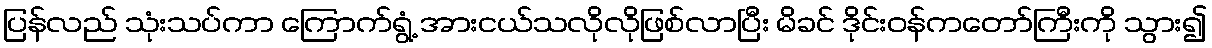
ပြန်လည် သုံးသပ်ကာ ကြောက်ရွံ့ အားငယ်သလိုလိုဖြစ်လာပြီး မိခင် ဒိုင်းဝန်ကတော်ကြီးကို သွား၍